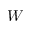
W